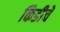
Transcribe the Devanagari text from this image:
किडीचे